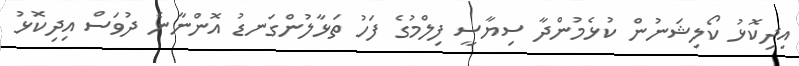
އިދިކޮޅު ކޯލިޝަނުން ކުޅެމުންދާ ސިޔާސީ ފިލްމުގެ ފަހު ތަޅާލުންގަނޑު އޮންނާނެ ދުވަސް އިދިކޮޅު